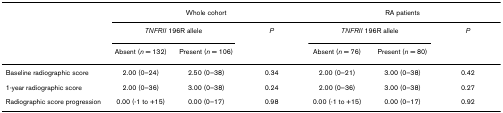
<table><thead><tr><td></td><td colspan="3"><b>Whole cohort</b></td><td colspan="3"><b>RA patients</b></td></tr><tr><td></td><td colspan="2"><b><i>TNFRII </i>196R allele</b></td><td><b><i>P</i></b></td><td colspan="2"><b><i>TNFRII </i>196R allele</b></td><td><b><i>P</i></b></td></tr><tr><td></td><td><b>Absent (<i>n </i>= 132)</b></td><td><b>Present (<i>n </i>= 106)</b></td><td></td><td><b>Absent (<i>n </i>= 76)</b></td><td><b>Present (<i>n </i>= 80)</b></td><td></td></tr></thead><tbody><tr><td>Baseline radiographic score</td><td>2.00 (0–24)</td><td>2.50 (0–38)</td><td>0.34</td><td>2.00 (0–21)</td><td>3.00 (0–38)</td><td>0.42</td></tr><tr><td>1-year radiographic score</td><td>2.00 (0–36)</td><td>3.00 (0–38)</td><td>0.24</td><td>2.00 (0–36)</td><td>3.00 (0–38)</td><td>0.27</td></tr><tr><td>Radiographic score progression</td><td>0.00 (-1 to +15)</td><td>0.00 (0–17)</td><td>0.98</td><td>0.00 (-1 to +15)</td><td>0.00 (0–17)</td><td>0.92</td></tr></tbody></table>